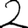
Digit: 2